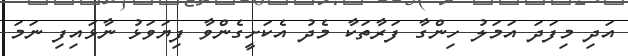
އަދި މިފަދަ އަމަލު ހިންގާ ފަރާތަކާ މެދު އެކަށީގެންވާ ފިޔަވަޅު ނާޅައިފި ނަމަ